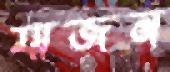
যাজন